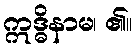
ဣဒ္ဓိနာမ၊ ၏။